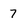
Character: 7